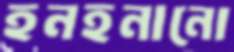
হনহনানো